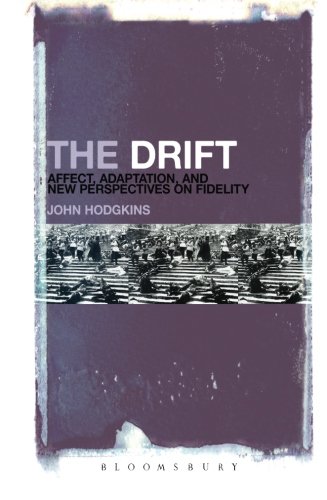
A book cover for The Drift: Affect, Adaptation, and New Perspectives on Fidelity; John Hodgkins; Humor & Entertainment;